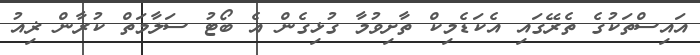
އައިސްތަކުގެ ތެރޭގައި އެކަޑެމިކް ތާށިވުމާ ގުޅިގެން އެ ބޯޓު ސަލާމަތް ކުރާން ޜިއު